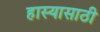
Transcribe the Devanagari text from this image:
हास्यासाठी